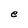
Character: e